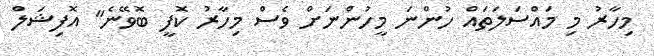
މިހާރު މި މައްސަލަތައް ހުންނަ މީހުންނަށް ވެސް މިހާރު ކޮފީ ބޮވޭނެ" އޮފިޝަލް